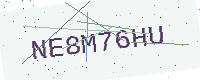
Text: NE8M76HU